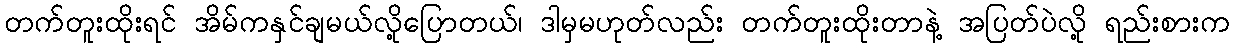
တက်တူးထိုးရင် အိမ်ကနှင်ချမယ်လို့ပြောတယ်၊ ဒါမှမဟုတ်လည်း တက်တူးထိုးတာနဲ့ အပြတ်ပဲလို့ ရည်းစားက